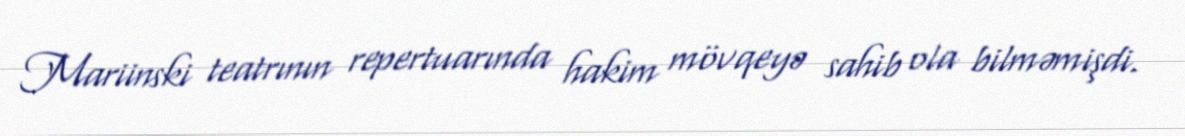
Mariinski teatrının repertuarında hakim mövqeyə sahib ola bilməmişdi.